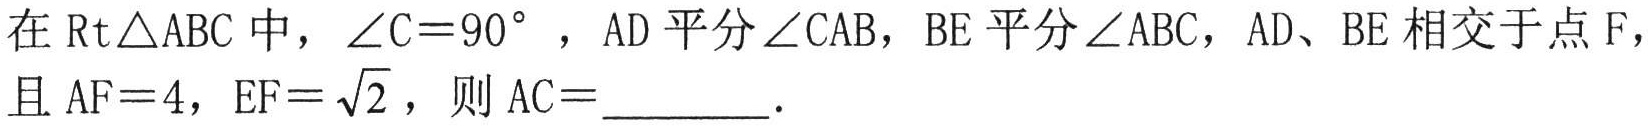
在$\text{Rt}\triangle\text{ABC}$中，$\angle\text{C}=90^{\circ}$，$\text{AD}$平分$\angle\text{CAB}$，$\text{BE}$平分$\angle\text{ABC}$，$\text{AD}$、$\text{BE}$相交于点$\text{F}$，且$\text{AF}=4$，$\text{EF}=\sqrt{2}$，则$\text{AC}=$_________．